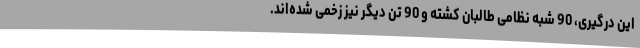
این درگیری، 90 شبه نظامی طالبان کشته و 90 تن دیگر نیز زخمی شده‌اند.